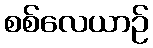
စစ်လေယာဉ်